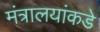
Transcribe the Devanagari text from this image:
मंत्रालयांकडे